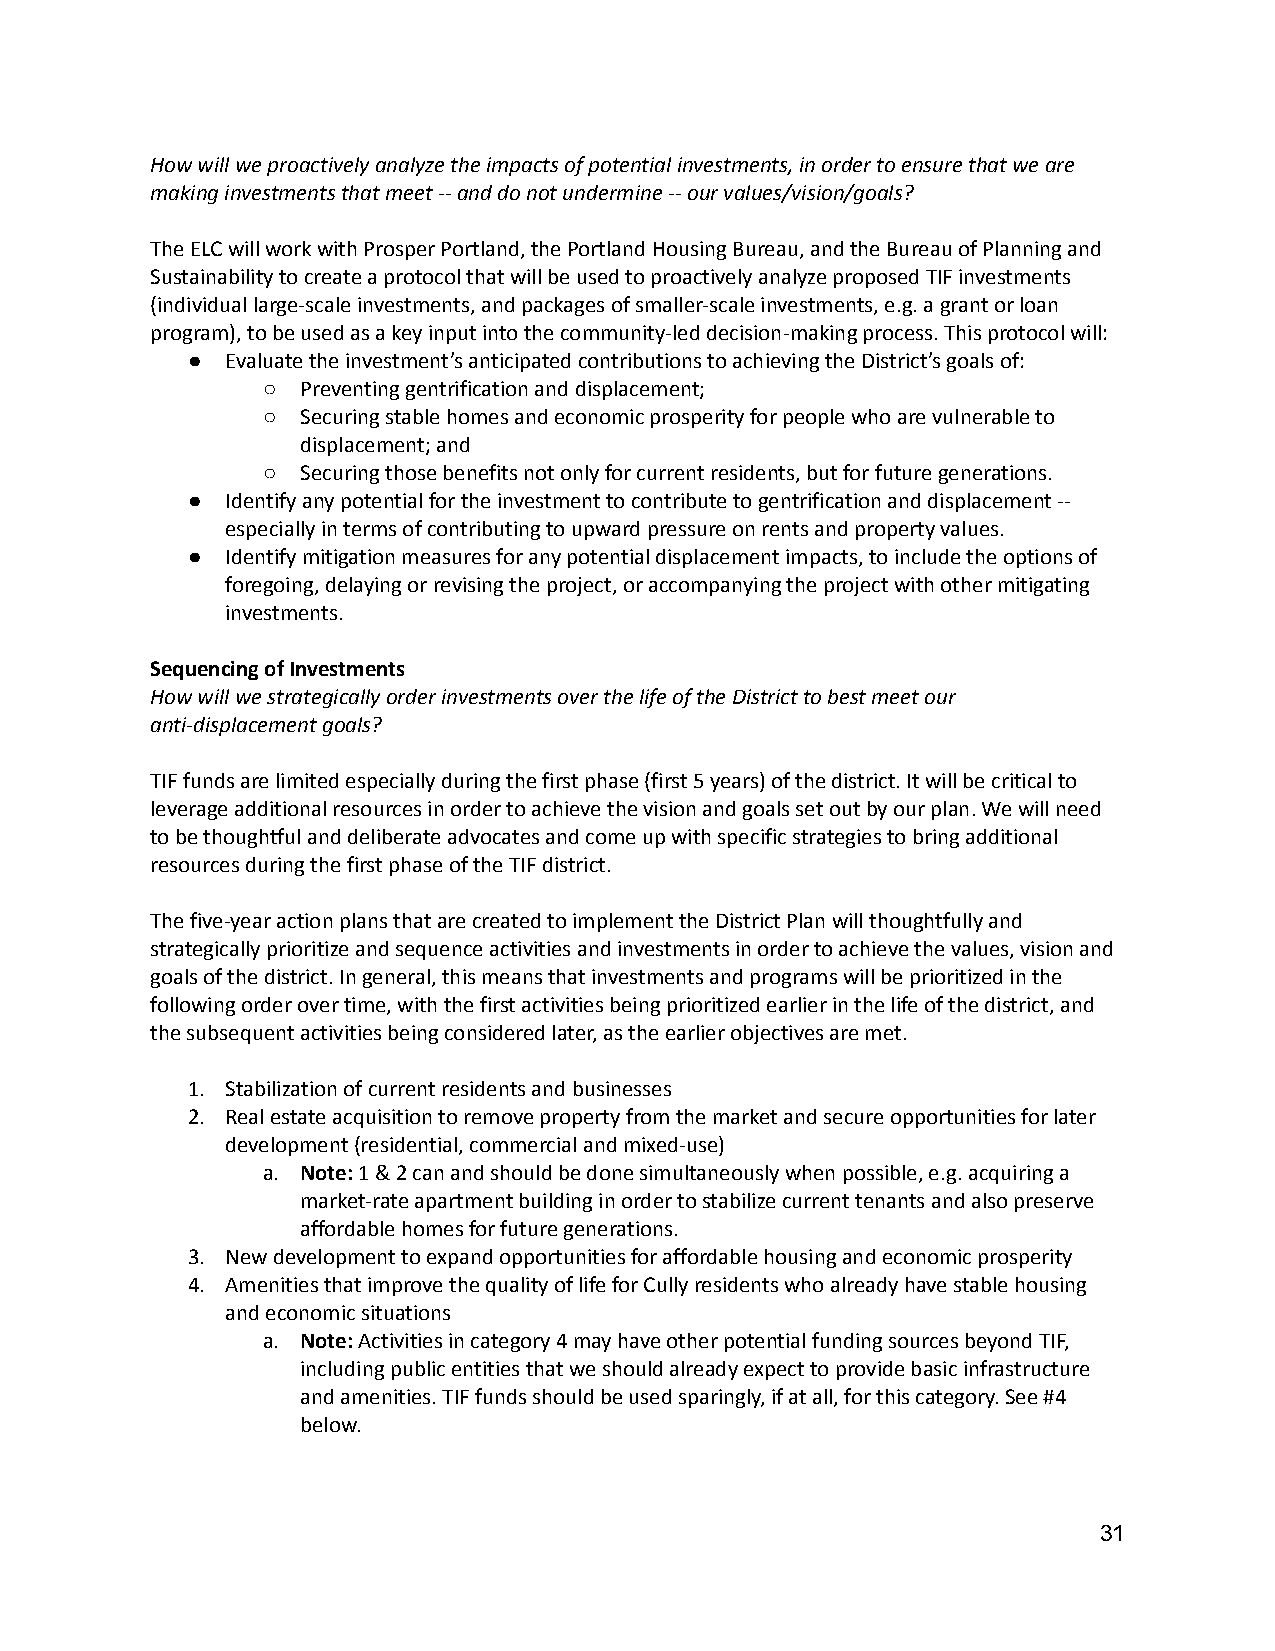
How will we proactively analyze the impacts of potential investments, in order to ensure that we are
 making investments that meet -- and do not undermine-- our values/vision/goals?
 The ELC will work with Prosper Portland, the PortlandHousing Bureau, and the Bureau of Planning and
 Sustainability to create a protocol that will be usedto proactively analyze proposed TIF investments
 (individual large-scale investments, and packagesof smaller-scale investments, e.g. a grant or loan
 program), to be used as a key input into the community-leddecision-making process. This protocol will:
 ●  Evaluate the investment’s anticipated contributionsto achieving the District’s goals of:
 ○  Preventing gentrification and displacement;
 ○  Securing stable homes and economic prosperity forpeople who are vulnerable to
 displacement; and
 ○  Securing those benefits not only for current residents,but for future generations.
 ●  Identify any potential for the investment to contributeto gentrification and displacement --
 especially in terms of contributing to upward pressureon rents and property values.
 ●  Identify mitigation measures for any potential displacementimpacts, to include the options of
 foregoing, delaying or revising the project, or accompanyingthe project with other mitigating
 investments.
 Sequencing of Investments
 How will we strategically order investments over thelife of the District to best meet our
 anti-displacement goals?
 TIF funds are limited especially during the firstphase (first 5 years) of the district. It will becritical to
 leverage additional resources in order to achievethe vision and goals set out by our plan. We willneed
 to be thoughtful and deliberate advocates and comeup with specific strategies to bring additional
 resources during the first phase of the TIF district.
 The five-year action plans that are created to implementthe District Plan will thoughtfully and
 strategically prioritize and sequence activities andinvestments in order to achieve the values, visionand
 goals of the district. In general, this means thatinvestments and programs will be prioritized in the
 following order over time, with the first activitiesbeing prioritized earlier in the life of the district,and
 the subsequent activities being considered later,as the earlier objectives are met.
 1. Stabilization of current residents and businesses
 2. Real estate acquisition to remove property from themarket and secure opportunities for later
 development (residential, commercial and mixed-use)
 a. Note:1 & 2 can and should be done simultaneouslywhen possible, e.g. acquiring a
 market-rate apartment building in order to stabilizecurrent tenants and also preserve
 affordable homes for future generations.
 3. New development to expand opportunities for affordablehousing and economic prosperity
 4. Amenities that improve the quality of life for Cullyresidents who already have stable housing
 and economic situations
 a. Note:Activities in category 4 may have other potentialfunding sources beyond TIF,
 including public entities that we should already expectto provide basic infrastructure
 and amenities. TIF funds should be used sparingly,if at all, for this category. See #4
 below.
 31